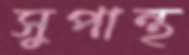
সুপান্থ